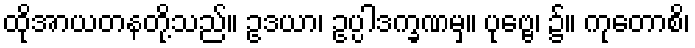
ထိုအာယတနတို့သည်။ ဥဒယာ၊ ဥပ္ပါဒက္ခဏမှ။ ပုဗ္ဗေ၊ ၌။ ကုတောစိ၊